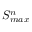
S _ { m a x } ^ { n }